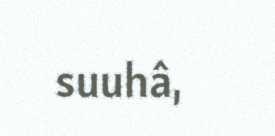
suuhâ,